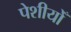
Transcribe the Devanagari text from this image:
पेशीयोँ